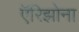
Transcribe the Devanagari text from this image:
ऍरिझोना